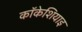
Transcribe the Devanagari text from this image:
कॉकेशियाइ